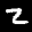
Label: 2